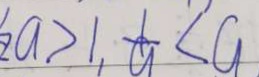
a > 1 , \frac { 1 } { a } < a